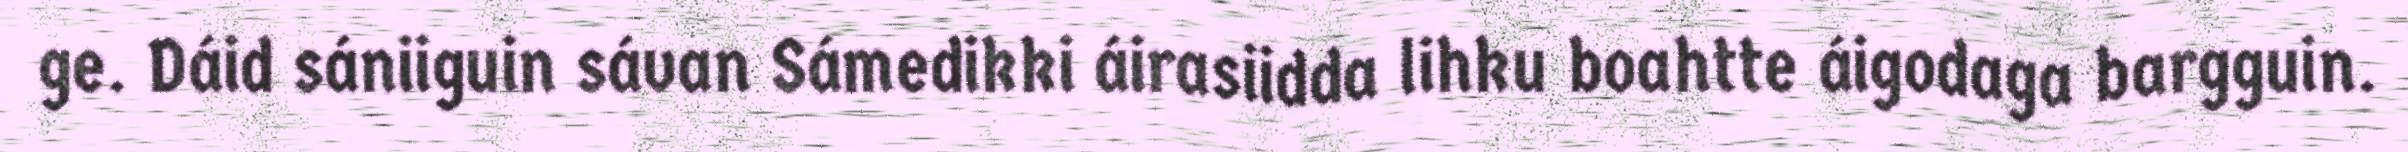
ge. Dáid sániiguin sávan Sámedikki áirasiidda lihku boahtte áigodaga bargguin.